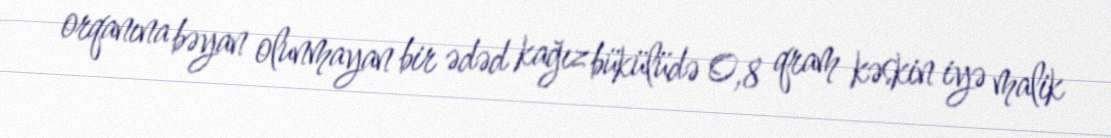
orqanına bəyan olunmayan bir ədəd kağız bükülüdə 0,8 qram kəskin iyə malik